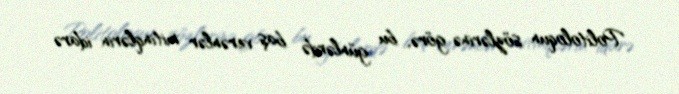
Politoloqun sözlərinə görə, bu günlərdə baş verənlər mitinqlərin idarə